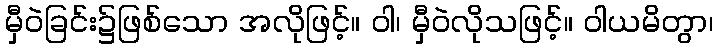
မှီဝဲခြင်း၌ဖြစ်သော အလိုဖြင့်။ ဝါ၊ မှီဝဲလိုသဖြင့်။ ဝါယမိတွာ၊